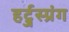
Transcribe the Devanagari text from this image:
हर्ट्जस्प्रंग